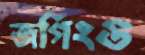
জগিংও